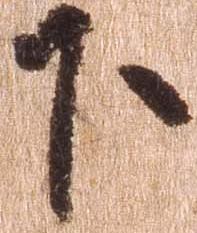
下